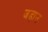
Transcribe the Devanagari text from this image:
जड़ाउ